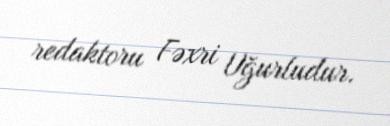
redaktoru Fəxri Uğurludur.